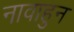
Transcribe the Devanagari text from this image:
नावाहुन